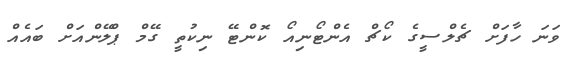
ވަނަ ހާފަށް ޗެލްސީގެ ކޯޗް އެންޓޯނިއޯ ކޮންޓޭ ނިކުތީ ގޭމް ޕްލޭންއަށް ބައެއް